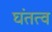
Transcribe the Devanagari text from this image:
घंतत्व